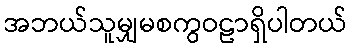
အဘယ်သူမျှမစကွဝဠာရှိပါတယ်